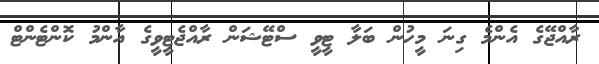
ރާއްޖޭގެ އެންމެ ގިނަ މީހުން ބަލާ ޓީވީ ސްޓޭޝަން ރާއްޖެޓީވީގެ އާންމު ކޮންޓެންޓް